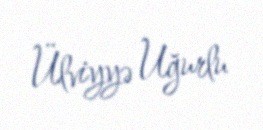
Ülviyyə Uğurlu